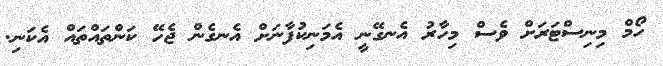
ހޯމް މިނިސްޓަރަށް ވެސް މިހާރު އެނގޭނީ އެމަނިކުފާނަށް އެނގެން ޖެހޭ ކަންތައްތައް އެކަނި.